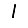
Digit: 1